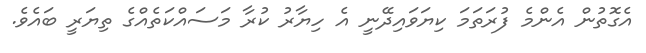
އެގޮތުން އެންމެ ފުރަތަމަ ކިޔަވައިދޭނީ އެ ހިޔާރު ކުރާ މަސައްކަތެއްގެ ތިޔަރީ ބައެވެ.